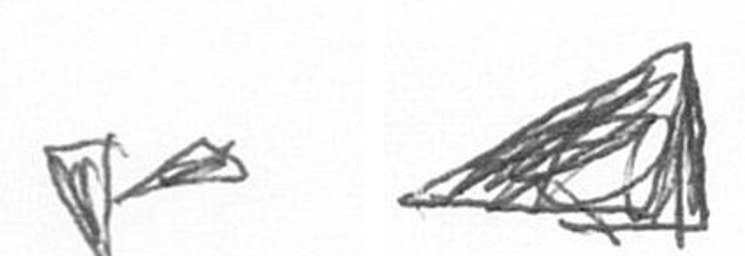
F O